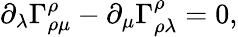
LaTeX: \partial_{\lambda}\Gamma_{\rho\mu}^{\rho}-\partial_{\mu}\Gamma_{\rho\lambda}^{\rho}=0,